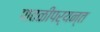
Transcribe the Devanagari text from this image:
पातळीपर्यन्त